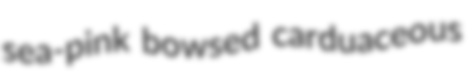
sea-pink bowsed carduaceous